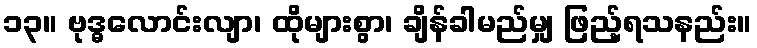
၁၃။ ဗုဒ္ဓလောင်းလျာ၊ ထိုများစွာ၊ ချိန်ခါမည်မျှ ဖြည့်ရသနည်း။